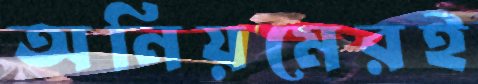
অনিয়মেরই